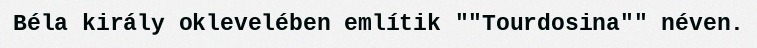
Béla király oklevelében említik ""Tourdosina"" néven.